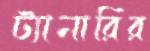
ট্যানারির